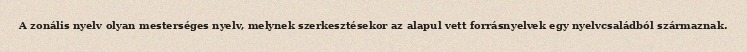
A zonális nyelv olyan mesterséges nyelv, melynek szerkesztésekor az alapul vett forrásnyelvek egy nyelvcsaládból származnak.